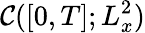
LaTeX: \mathcal{C}([0,T];L_{x}^{2})